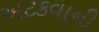
અટકવાની